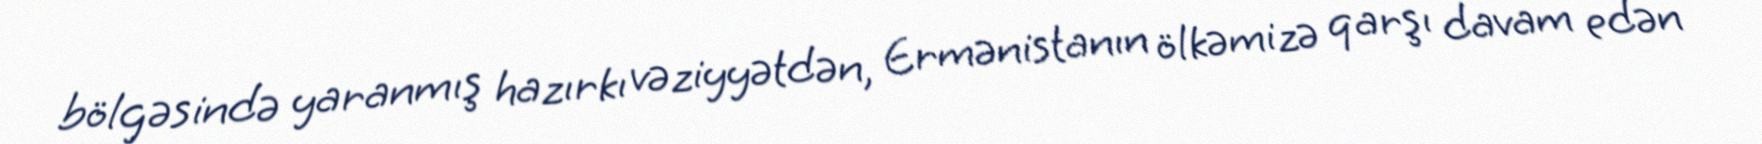
bölgəsində yaranmış hazırkı vəziyyətdən, Ermənistanın ölkəmizə qarşı davam edən